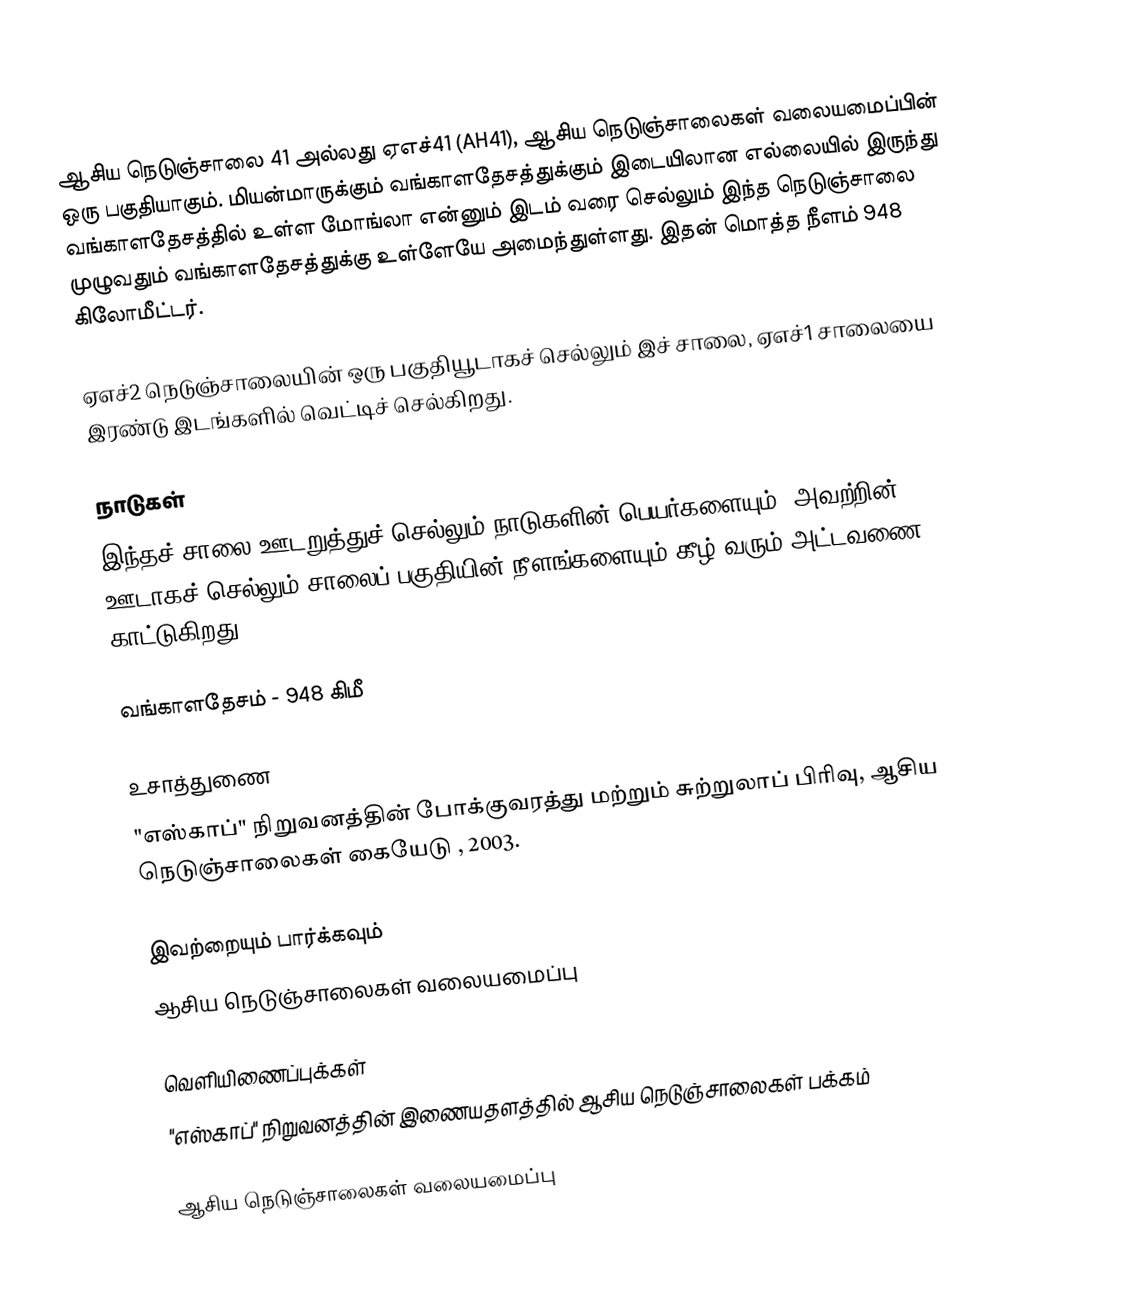
ஆசிய நெடுஞ்சாலை 41 அல்லது ஏஎச்41 (AH41), ஆசிய நெடுஞ்சாலைகள் வலையமைப்பின் ஒரு பகுதியாகும். மியன்மாருக்கும் வங்காளதேசத்துக்கும் இடையிலான எல்லையில் இருந்து வங்காளதேசத்தில் உள்ள மோங்லா என்னும் இடம் வரை செல்லும் இந்த நெடுஞ்சாலை முழுவதும் வங்காளதேசத்துக்கு உள்ளேயே அமைந்துள்ளது. இதன் மொத்த நீளம் 948 கிலோமீட்டர்.

ஏஎச்2 நெடுஞ்சாலையின் ஒரு பகுதியூடாகச் செல்லும் இச் சாலை, ஏஎச்1 சாலையை இரண்டு இடங்களில் வெட்டிச் செல்கிறது.

நாடுகள்
இந்தச் சாலை ஊடறுத்துச் செல்லும் நாடுகளின் பெயர்களையும், அவற்றின் ஊடாகச் செல்லும் சாலைப் பகுதியின் நீளங்களையும் கீழ் வரும் அட்டவணை காட்டுகிறது.

 வங்காளதேசம் - 948 கிமீ

உசாத்துணை
 "எஸ்காப்" நிறுவனத்தின் போக்குவரத்து மற்றும் சுற்றுலாப் பிரிவு, ஆசிய நெடுஞ்சாலைகள் கையேடு , 2003.

இவற்றையும் பார்க்கவும்
 ஆசிய நெடுஞ்சாலைகள் வலையமைப்பு

வெளியிணைப்புக்கள்
 "எஸ்காப்" நிறுவனத்தின் இணையதளத்தில் ஆசிய நெடுஞ்சாலைகள் பக்கம்

 ஆசிய நெடுஞ்சாலைகள் வலையமைப்பு